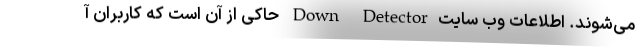
می‌شوند. اطلاعات وب سایتDown Detector حاکی از آن است که کاربران آ